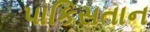
પાકિસતાન